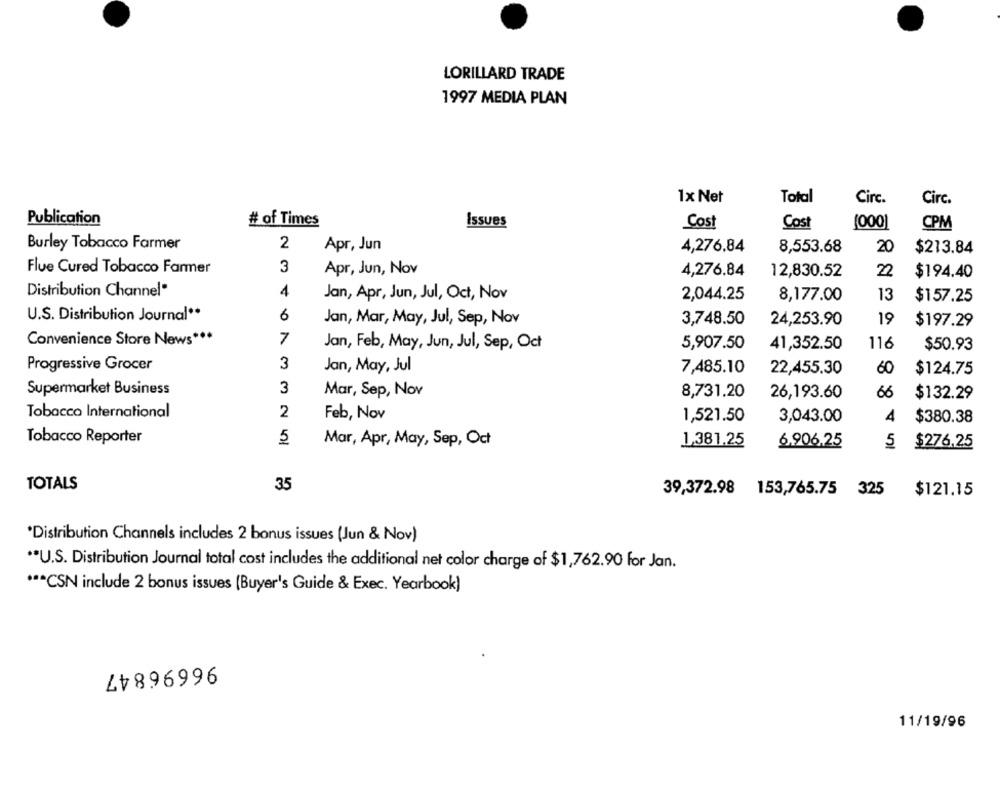
LORILLARD TRADE
1997 MEDIA PLAN
1x Net
Total
Circ.
Circ.
Publication
# of Times
Issues
Cost
Cost
(000]
CPM
Burley Tobacco Farmer
2
Apr, Jun
4,276.84
8,553.68
20
$213.84
Flue Cured Tobacco Farmer
3
Apr, Jun, Nov
4,276.84
12,830.52
22
$194.40
Distribution Channel*
4
Jan, Apr, Jun, Jul, Oct, Nov
2,044.25
8,177.00
13
$157.25
U.S. Distribution Journal **
6
Jan, Mar, May, Jul, Sep, Nov
3,748.50
24,253.90
19
$197.29
Convenience Store News ***
7
Jan, Feb, May, Jun, Jul, Sep, Oct
5,907.50
41,352.50
116
$50.93
3
Progressive Grocer
Jan, May, Jul
7,485.10
22,455.30
60
$124.75
3
Supermarket Business
Mar, Sep, Nov
8,731.20
26,193.60
66
$132.29
2
Tobacco International
Feb, Nov
1,521.50
3,043.00
4
$380.38
Tobacco Reporter
5
Mar, Apr, May, Sep, Oct
1,381.25
6.906.25
5
$276.25
TOTALS
35
39,372.98 153,765.75 325
$121.15
*Distribution Channels includes 2 bonus issues (Jun & Nov)
** U.S. Distribution Journal total cost includes the additional net color charge of $1,762.90 for Jan.
*** CSN include 2 bonus issues (Buyer's Guide & Exec. Yearbook)
4৳896996
11/19/96